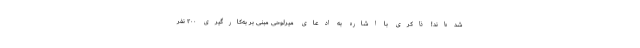
شده‌اند! ذاکری با اشاره به ادعای میرلوحی مبنی بر به‌کارگیری ۲۰۰ نفر